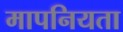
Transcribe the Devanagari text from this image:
मापनियता